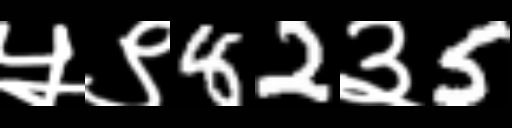
Text: ५९82३5